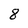
Character: 8